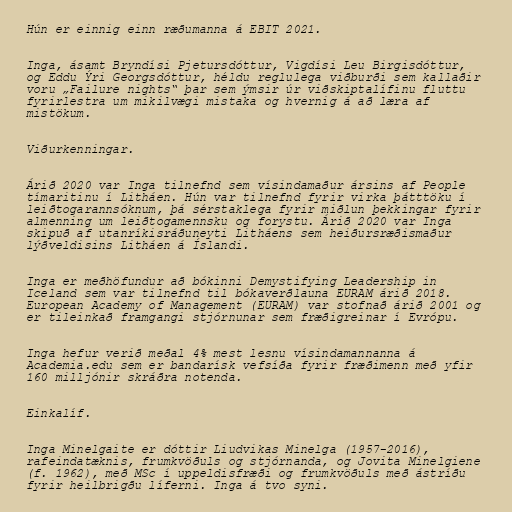
Hún er einnig einn ræðumanna á EBIT 2021.

Inga, ásamt Bryndísi Pjetursdóttur, Vigdísi Leu Birgisdóttur,
og Eddu Ýri Georgsdóttur, héldu reglulega viðburði sem kallaðir
voru „Failure nights“ þar sem ýmsir úr viðskiptalífinu fluttu
fyrirlestra um mikilvægi mistaka og hvernig á að læra af
mistökum.

Viðurkenningar.

Árið 2020 var Inga tilnefnd sem vísindamaður ársins af People
tímaritinu í Litháen. Hún var tilnefnd fyrir virka þátttöku í
leiðtogarannsóknum, þá sérstaklega fyrir miðlun þekkingar fyrir
almenning um leiðtogamennsku og forystu. Árið 2020 var Inga
skipuð af utanríkisráðuneyti Litháens sem heiðursræðismaður
lýðveldisins Litháen á Íslandi.

Inga er meðhöfundur að bókinni Demystifying Leadership in
Iceland sem var tilnefnd til bókaverðlauna EURAM árið 2018.
European Academy of Management (EURAM) var stofnað árið 2001 og
er tileinkað framgangi stjórnunar sem fræðigreinar í Evrópu.

Inga hefur verið meðal 4% mest lesnu vísindamannanna á
Academia.edu sem er bandarísk vefsíða fyrir fræðimenn með yfir
160 milljónir skráðra notenda.

Einkalíf.

Inga Minelgaite er dóttir Liudvikas Minelga (1957-2016),
rafeindatæknis, frumkvöðuls og stjórnanda, og Jovita Minelgiene
(f. 1962), með MSc í uppeldisfræði og frumkvöðuls með ástríðu
fyrir heilbrigðu líferni. Inga á tvo syni.